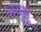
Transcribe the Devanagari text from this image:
अयूमू